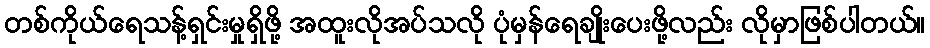
တစ်ကိုယ်ရေသန့်ရှင်းမှုရှိဖို့ အထူးလိုအပ်သလို ပုံမှန်ရေချိုးပေးဖို့လည်း လိုမှာဖြစ်ပါတယ်။